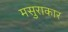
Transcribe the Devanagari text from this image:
मसुराकार